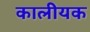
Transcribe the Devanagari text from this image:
कालीयक